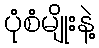
ပုံစံမျိုးနဲ့